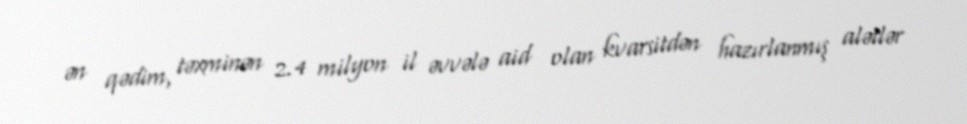
ən qədim, təxminən 2.4 milyon il əvvələ aid olan kvarsitdən hazırlanmış alətlər